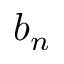
b _ { n }